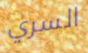
السري